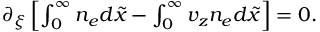
\begin{array} { r } { \partial _ { \xi } \left[ \int _ { 0 } ^ { \infty } n _ { e } d \tilde { x } - \int _ { 0 } ^ { \infty } v _ { z } n _ { e } d \tilde { x } \right] = 0 . } \end{array}